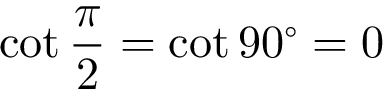
\cot { \frac { \pi } { 2 } } = \cot 9 0 ^ { \circ } = 0